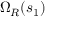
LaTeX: \; \Omega _ { R } ( s _ { 1 } )